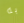
به